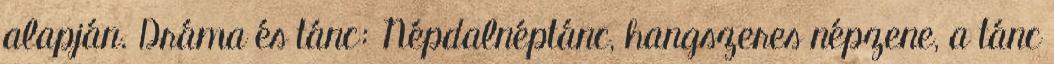
alapján. Dráma és tánc: Népdalnéptánc, hangszeres népzene, a tánc